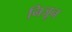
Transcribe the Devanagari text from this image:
निजून